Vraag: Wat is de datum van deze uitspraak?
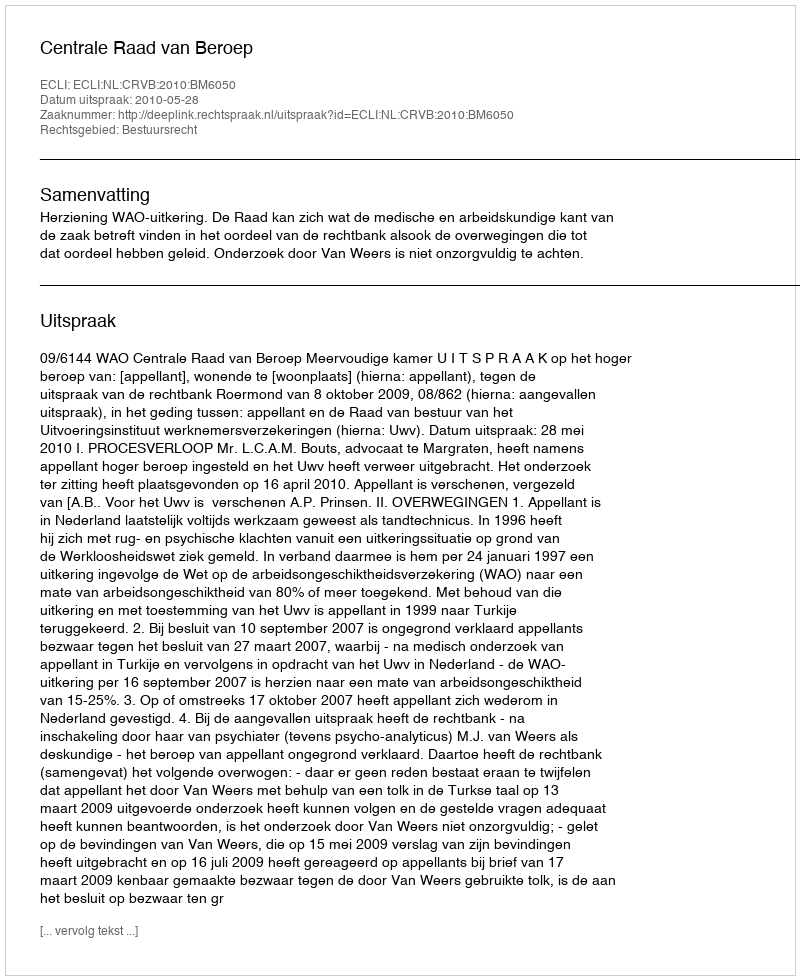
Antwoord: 2010-05-28